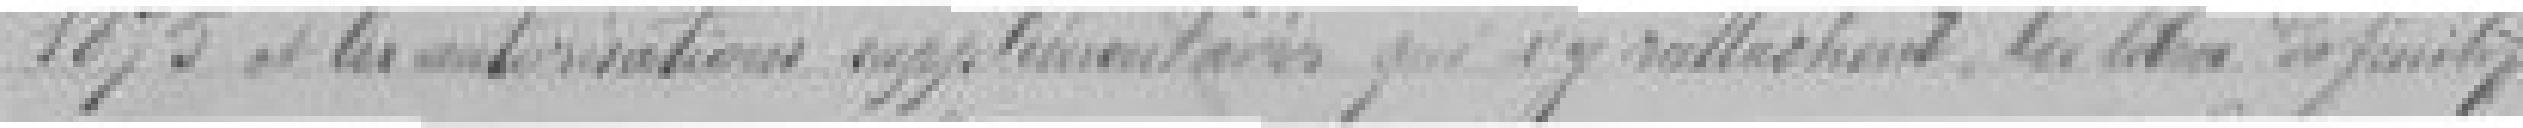
1875 et les autorisations supplémentaires qui s'y rattachent, les titres définitifs